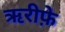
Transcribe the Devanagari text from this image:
ऋरीफ़े